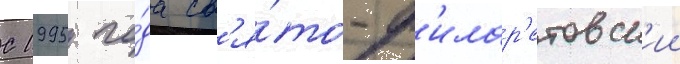
С 1995 го́да св'я́то-ф'илар'етовск'ии